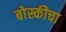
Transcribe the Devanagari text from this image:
बोस्कीचा